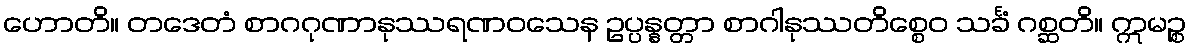
ဟောတိ။ တဒေတံ စာဂဂုဏာနုဿရဏဝသေန ဥပ္ပန္နတ္တာ စာဂါနုဿတိစ္စေဝ သင်္ခံ ဂစ္ဆတိ။ ဣမဉ္စ